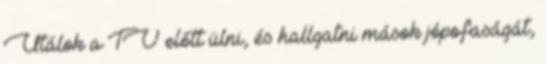
Utálok a TV előtt ülni, és hallgatni mások jópofaságát,